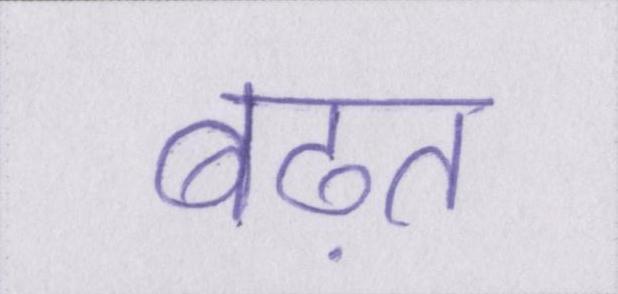
बढ़त